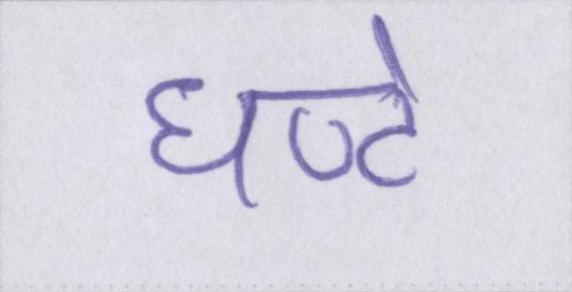
घण्टे